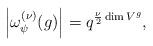
LaTeX: \begin{align*}\left| \omega^{(\nu)}_\psi(g) \right| = q^{\frac{\nu}{2} \dim V^g},\end{align*}